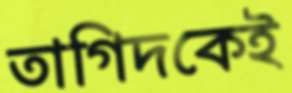
তাগিদকেই